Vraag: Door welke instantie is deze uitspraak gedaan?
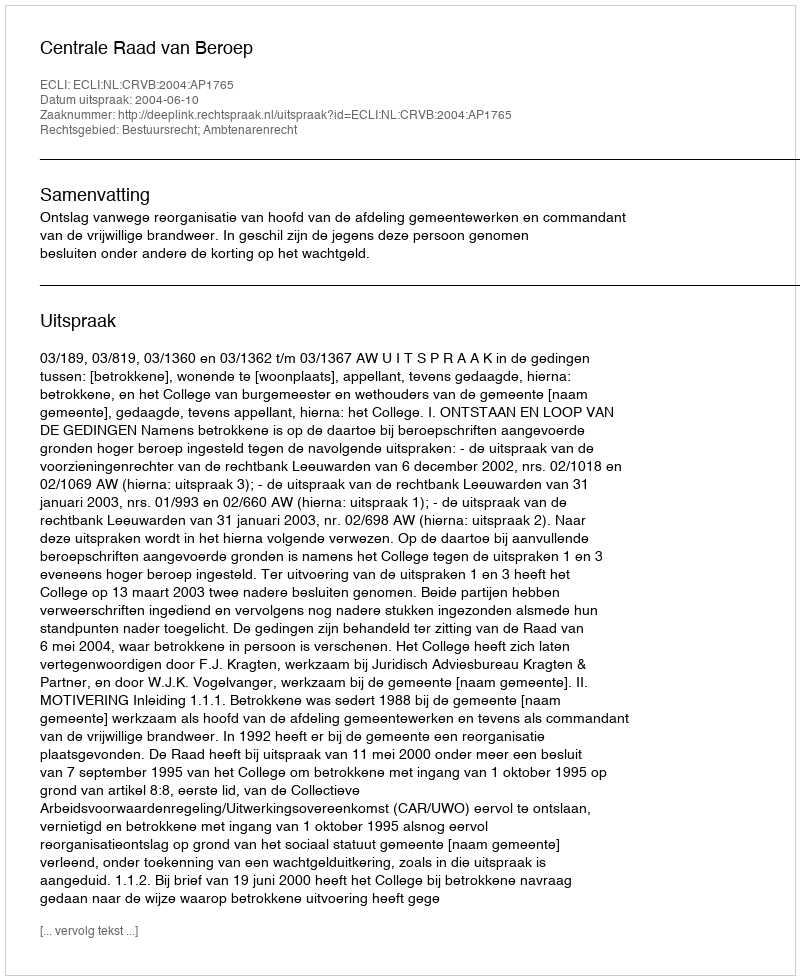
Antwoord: Centrale Raad van Beroep